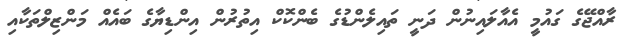
ރާއްޖޭގެ ގައުމީ އެއާލައިނުން ދަނީ ތައިލެންޑުގެ ބެންކޮކް އިތުރުން އިންޑިޔާގެ ބައެއް މަންޒިލްތަކާއި